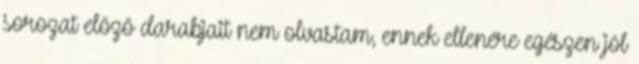
sorozat előző darabjait nem olvastam, ennek ellenére egészen jól